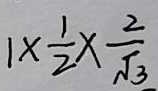
1 \times \frac { 1 } { 2 } \times \frac { 2 } { \sqrt { 3 } }